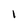
Character: 1